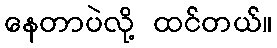
နေတာပဲလို့ ထင်တယ်။